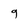
Character: 9